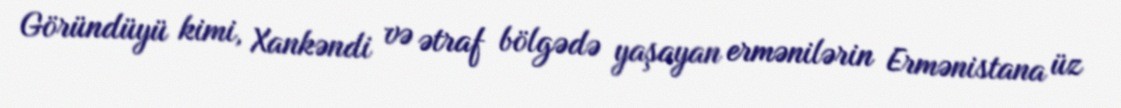
Göründüyü kimi, Xankəndi və ətraf bölgədə yaşayan ermənilərin Ermənistana üz